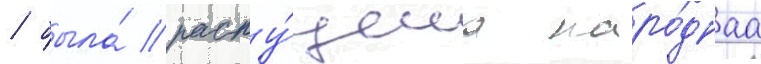
/ была́ распу́щена наро́днаа